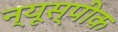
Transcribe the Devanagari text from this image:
न्यूस्पीक